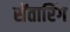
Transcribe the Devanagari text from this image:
सेंतारिंग